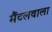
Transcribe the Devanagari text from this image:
मैंटलवाला